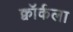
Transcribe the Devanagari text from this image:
क्वॉर्कला